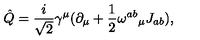
\hat { Q } = \frac { i } { \sqrt { 2 } } \gamma ^ { \mu } ( \partial _ { \mu } + \frac { 1 } { 2 } { \omega ^ { a b } } _ { \mu } J _ { a b } ) ,